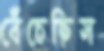
বেঁচেছিস